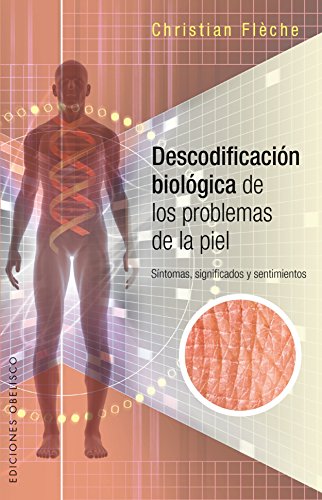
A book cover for Descodificacion biologica de los problemas de piel (Spanish Edition) (Salud Y Vida Natural); Christian Fleche; Health, Fitness & Dieting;